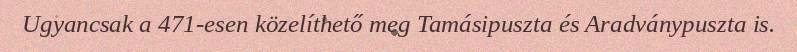
Ugyancsak a 471-esen közelíthető meg Tamásipuszta és Aradványpuszta is.